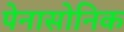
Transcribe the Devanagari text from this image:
पेनासोनिक